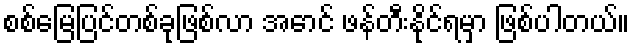
စစ်မြေပြင်တစ်ခုဖြစ်လာ အောင် ဖန်တီးနိုင်ရမှာ ဖြစ်ပါတယ်။